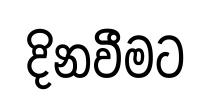
දිනවීමට